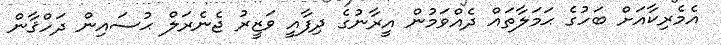
އެމެރިކާއަށް ބަހުގެ ޙަމަލާތައް ދެއްވަމުން އީރާނުގެ ދިފާއީ ވަޒީރު ޖެނެރަލް ޙުސައިން ދަހްޤާން